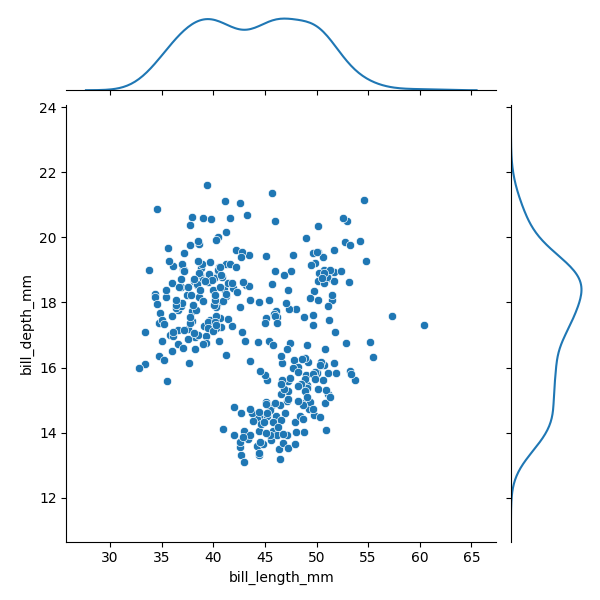
python, seaborn, JointGrid, scatterplot, kdeplot